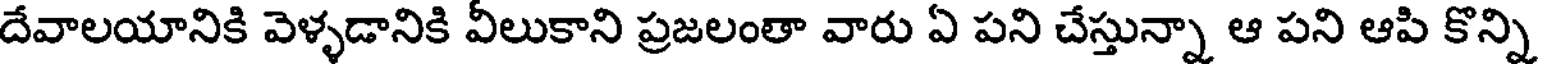
దేవాలయానికి వెళ్ళడానికి వీలుకాని ప్రజలంతా వారు ఏ పని చేస్తున్నా ఆ పని ఆపి కొన్ని